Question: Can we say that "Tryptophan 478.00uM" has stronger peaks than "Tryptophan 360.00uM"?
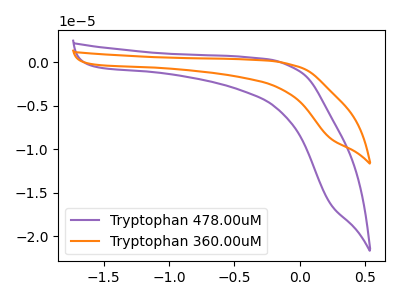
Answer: <think>The purple curve "Tryptophan 478.00uM" has no peaks. The orange curve "Tryptophan 360.00uM" has no peaks.</think>
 <answer>Niether CV has any peaks.</answer>
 <eval>blanks</eval>